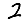
Digit: 2